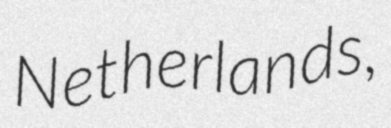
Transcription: Netherlands,